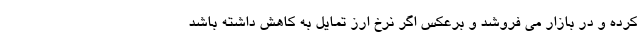
کرده و در بازار می فروشد و برعکس اگر نرخ ارز تمایل به کاهش داشته باشد